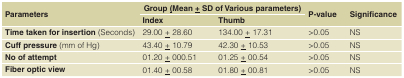
<table><thead><tr><td rowspan="2"><b>Parameters</b></td><td colspan="2"><b>Group (Mean + SD of various parameters)</b></td><td rowspan="2"><b>P-value</b></td><td rowspan="2"><b>Significance</b></td></tr><tr><td><b>Index</b></td><td><b>Thumb</b></td></tr></thead><tbody><tr><td><b>Time taken for insertion</b>(Seconds)</td><td>29.00 ± 28.60</td><td>134.00 ± 17.31</td><td>&gt;0.05</td><td>NS</td></tr><tr><td><b>Cuff pressure</b>(mm of Hg)</td><td>43.40 ± 10.79</td><td>42.30 ± 10.53</td><td>&gt;0.05</td><td>NS</td></tr><tr><td><b>No of attempt</b></td><td>01.20 ± 000.51</td><td>01.25 ± 00.54</td><td>&gt;0.05</td><td>NS</td></tr><tr><td><b>Fiber optic view</b></td><td>01.40 ± 00.58</td><td>01.80 ± 00.81</td><td>&gt;0.05</td><td>NS</td></tr></tbody></table>